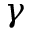
\gamma